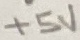
Text: +5V